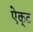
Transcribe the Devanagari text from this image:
ऐक्‌ट